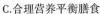
C.合理营养平衡膳食